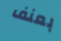
بعنف